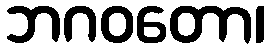
ဘဂဝတော၊